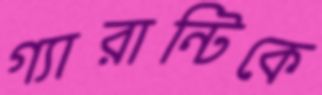
গ্যারান্টিকে